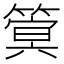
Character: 䈿